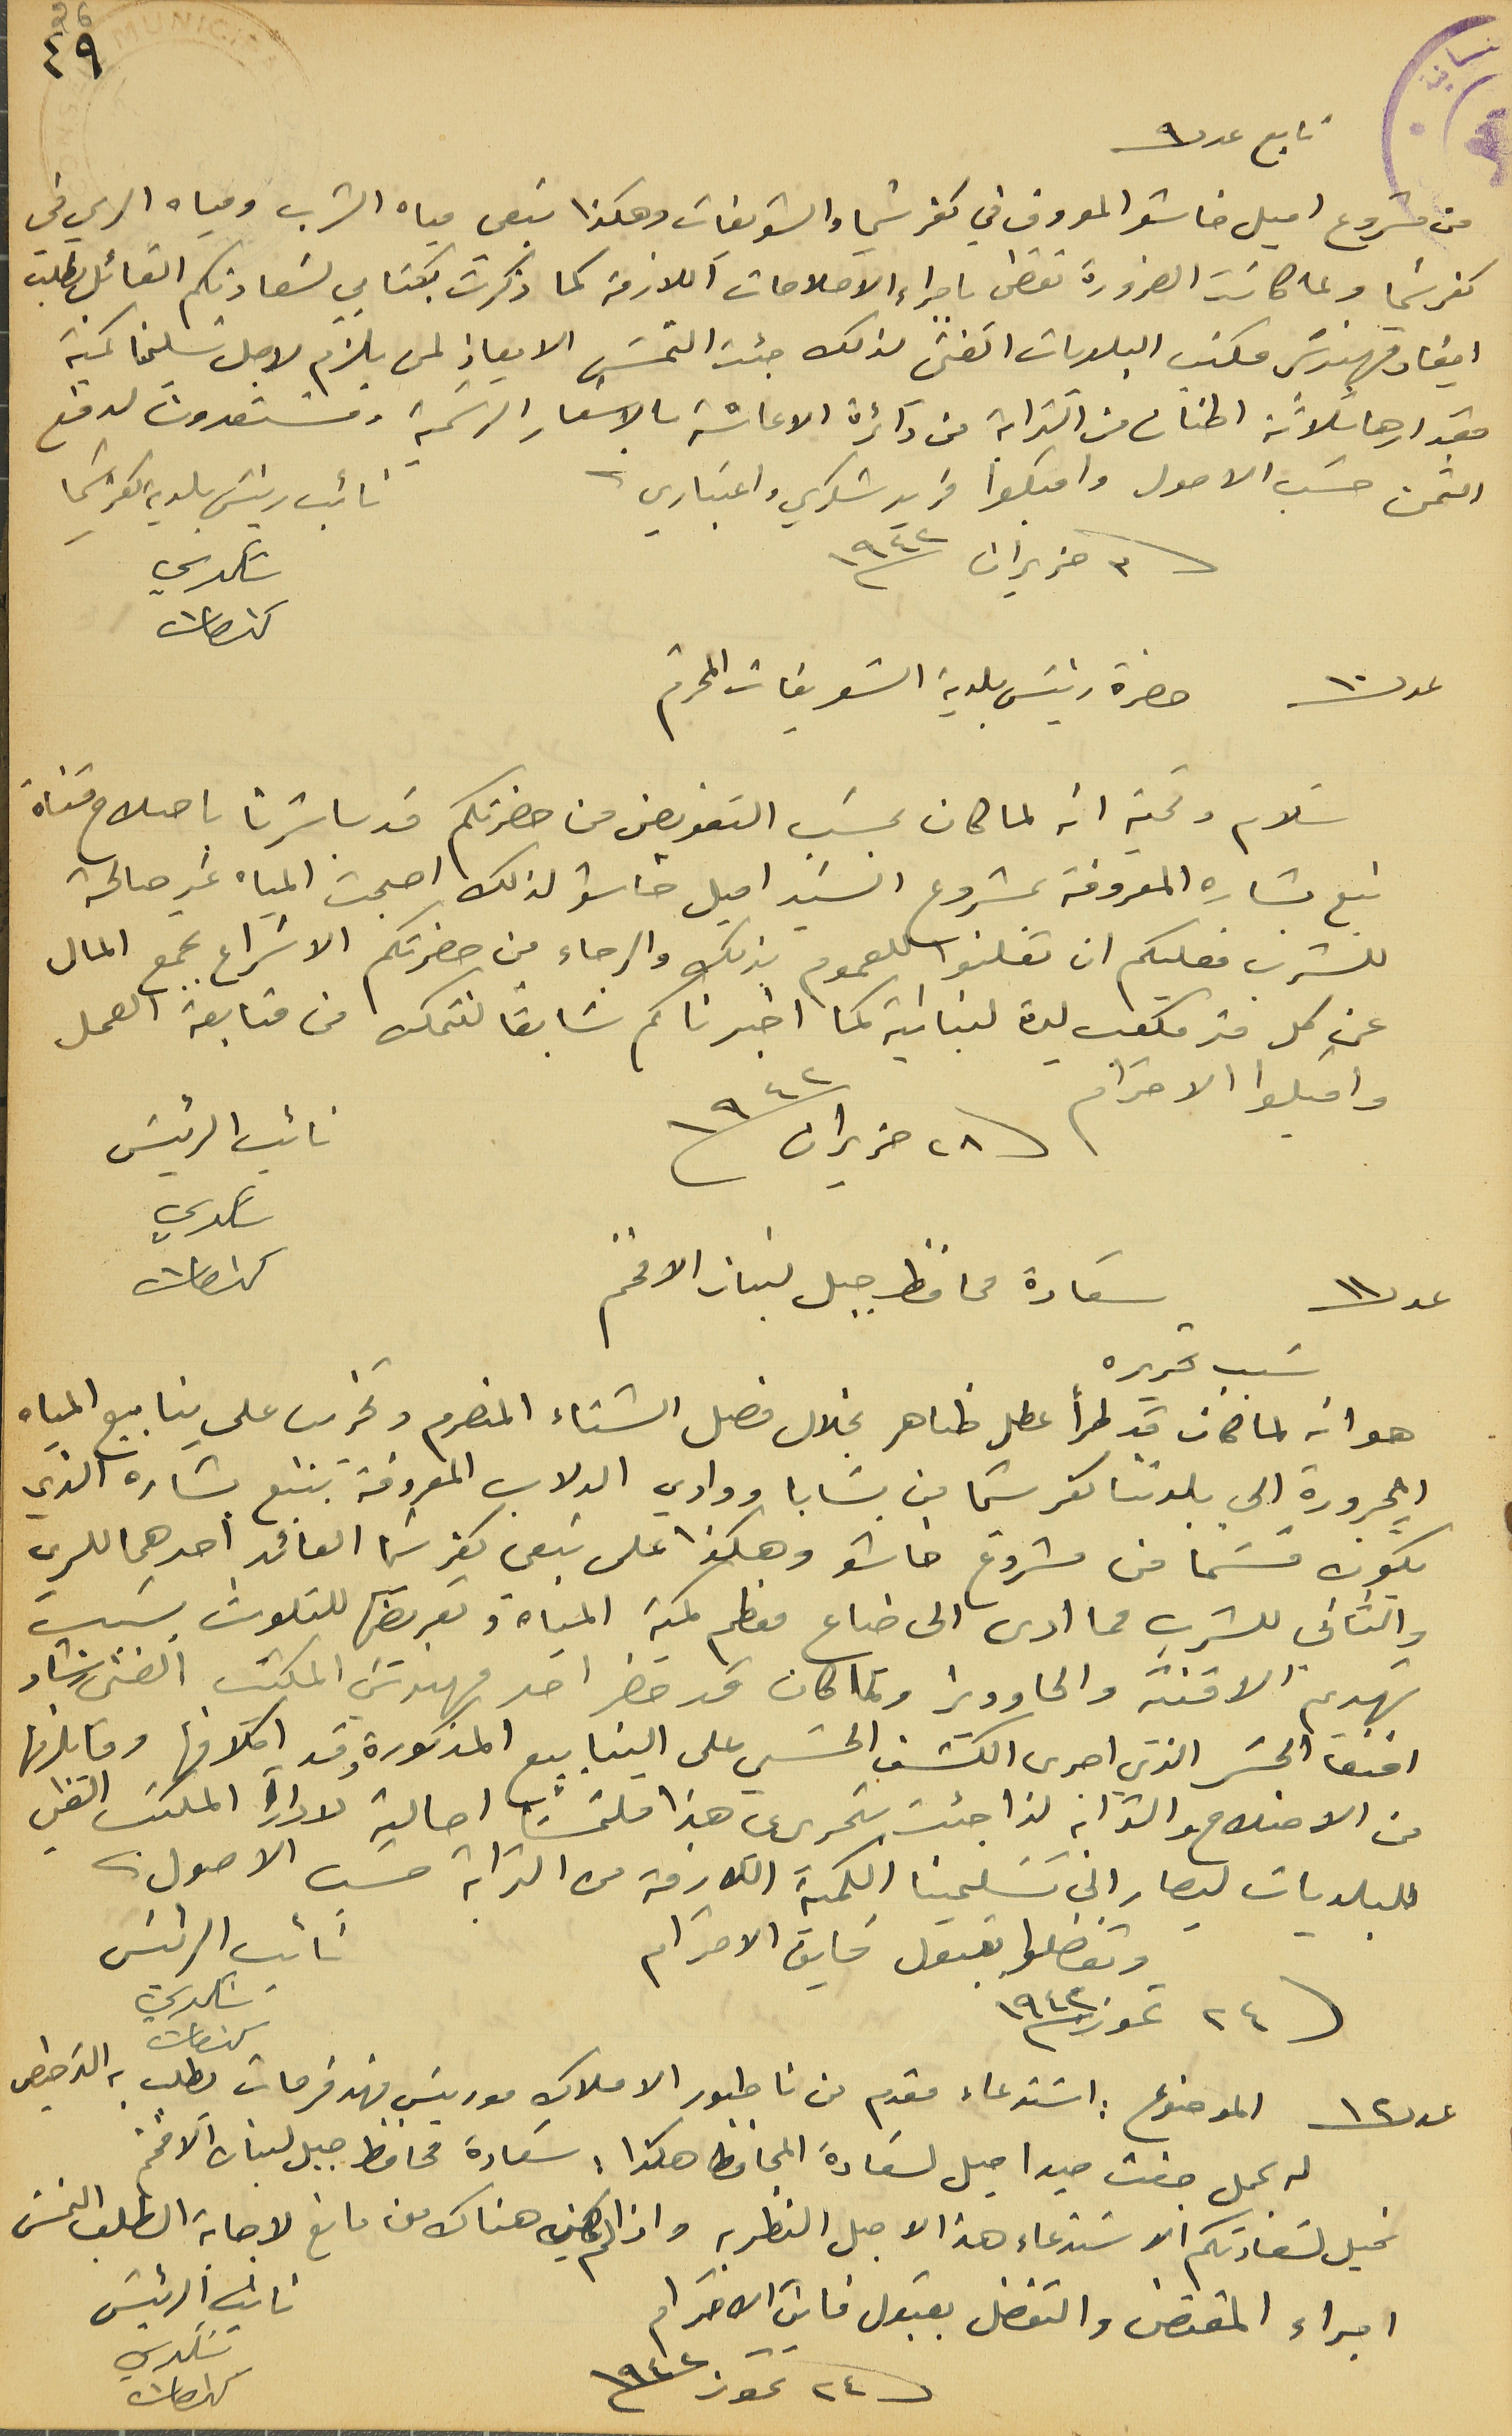
تابع عدد ٩
من مشروع اميل خاشو المعروف في كفرشيما والشويفات وهكذا تبقى مياه الشرب ومياه الري في
كفرشيما ولما كانت الضرورة تقضي باجراء الإصلاحات اللازمة كما ذكرت بكتَابي لسَعادتكم القائل بطلب
ايفاد مهندسَ مكتب البلديات الفني لذلك جئت التمسَ الايعاز لمن يلزم لاجل تسلمنا كمية
مقدارها ثلاثة اطنان من الترابة من دائرة الاعاشة بالاسَعار الرسَمية ومسَتعدون لدفع
الثمن حسَب الاصول واقبلوا فريد شكري واعتباري.
٣ حزيران سنة ١٩٤٢
عدد ١٠ حضرة رئيس بلدية الشويفات المحترم

سَلام وتحية انه لما كان بحسَب التفويض من حضرتكم قد باشرنا باصلاح قناة
نبع بشاره المعروفة بمشروع السَيد اميل خاشو لذلك اصبحت المياه غير صالحة
عن كل متر مكتب ليرة لبنانية كما اخبرناكم سَابقاً لنتمكن من متابعة العمل

واقبلوا الاحترام فى ٢٨ حزيران سنة ١٩٤٢
عدد ١١

 هو انه لما كان قد طرأ عطل ظاهر بخلال فصل الشتاء المنصرم وتخريب على ينابيع المياه
المجرورة الى بلدتنا كفرشيما من بسَابا ووادي الدلاب المعروفة بنبع بشاره الذي
يكون قسَما من مشروع خاشو وهكذا على نبعي كفرشيما العائد احدهما للري
والثاني للشرب مما ادى الى ضاع معظم كمية المياه وتعريضها للتلوث بسَبب
تهديم الاقنية والحاووز وكما كان قد حضر احد مهندسَي المكتب الفني رشاد
افندى الجسَر الذي اجرى الكشف الحسَي على الينابيع المذكورة وقر اكلافها وما يلزمها
من الاصلاح والترابة لذا جئت بتحريري هذا ملتمسَاً احالته لادارة المكتب الفني
للبلديات ليصار الى تسَليمنا الكمية اللازمة من الترابة حسَب الاصول.
وتفضلوا بقبول فايق الاحترام
نائب الرئيسَ شكري كنعان
عدد ١٢ الموضوع : اسَتدعاء مقدم من ناطور الاملاك موريسَ فهد فرحات يطلب به الترخيص
نحيل لسَعادتكم الاسَتدعاء هذا لاجل النظر به واذا لم يكن هناك من مانع لاجابة الطلب التمسَ
نائب الرئيسَ شكري كنعان
 اجراء المقتضى والتفضل بقبول فايق الاحترام
فى ٢٤ تموز ١٩٤٢
٤٩
نائب رئيسَ بلدية كفرشيما شكري كنعان
نائب الرئيسَ شكري كنعان
سَعادة محافظ جبل لبنان الافخم
سَبب تحريره
فى ٢٤ تموز سنة ١٩٤٢
له بحمل جفت صيد احيل لسَعادة المحافظ هكذا : سَعادة محافظ جبل لبنان الافخم
للشرب فعليكم ان تعلنوا للعموم بذلك والرجاء من حضرتكم الاسَراع بجمع المال
26